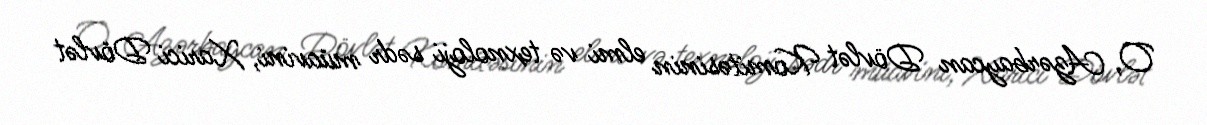
O, Azərbaycan Dövlət Komitəsinin elmi və texnoloji sədr müavini, Xarici Dövlət